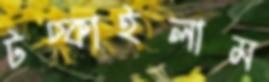
টপ্‌কাইলাম